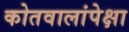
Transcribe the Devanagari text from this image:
कोतवालांपेक्षा